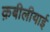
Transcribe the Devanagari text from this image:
क़बीलीयाई